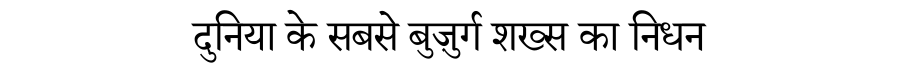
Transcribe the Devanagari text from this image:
दुनिया के सबसे बुज़ुर्ग शख्स का निधन